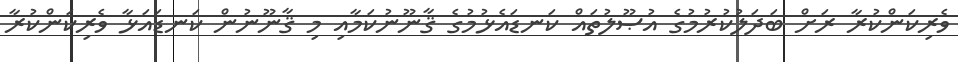
ވެރިކަންކުރާ ރަށް ބަދަލުކުރުމުގެ އުޞޫލުތައް ކަނޑައެޅުމުގެ ޤާނޫނުކަމާއި މި ޤާނޫނުން ކަނޑައަޅާ ވެރިކަންކުރާ